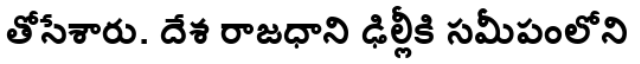
తోసేశారు. దేశ రాజధాని ఢిల్లీకి సమీపంలోని